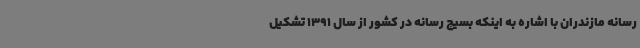
رسانه مازندران با اشاره به اینکه بسیج رسانه در کشور از سال 1391 تشکیل